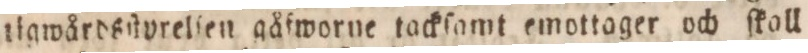
tigwårdsſtyrelien gåfworne tackſamt emottoger och ſkoll